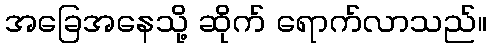
အခြေအနေသို့ ဆိုက် ရောက်လာသည်။